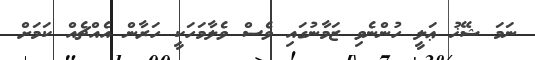
ނަމަ ޝޭޚު ޢަލީ ހުންނެވި ޒަމާނުގައި ވެސް ވެލާމަހަކީ ހަރާން އެއްޗެއް ކަމަށް